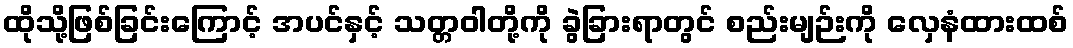
ထိုသို့ဖြစ်ခြင်းကြောင့် အပင်နှင့် သတ္တဝါတို့ကို ခွဲခြားရာတွင် စည်းမျဉ်းကို လှေနံထားထစ်